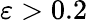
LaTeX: \varepsilon>0.2